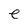
Character: e